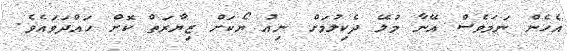
އެހެން ނަމަވެސް އޭނާ މުލޭ ދެކިލުމަށް ނިއު ޔޯކަށް ޒިޔާރަތް ކޮށް ހައްދަވައެވެ.